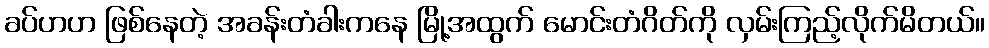
ခပ်ဟဟ ဖြစ်နေတဲ့ အခန်းတံခါးကနေ မြို့အထွက် မောင်းတံဂိတ်ကို လှမ်းကြည့်လိုက်မိတယ်။